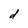
Character: d